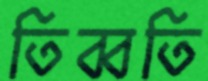
তিব্বতি